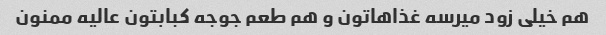
هم خیلی زود میرسه غذاهاتون و هم طعم جوجه کبابتون عالیه ممنون